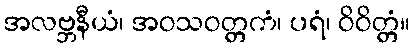
အလဗ္ဘနီယံ၊ အဝသဝတ္တကံ၊ ပရံ၊ ဝိဝိတ္တံ။